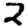
Digit: 2